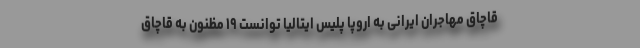
قاچاق مهاجران ایرانی به اروپا پلیس ایتالیا توانست ۱۹ مظنون به قاچاق